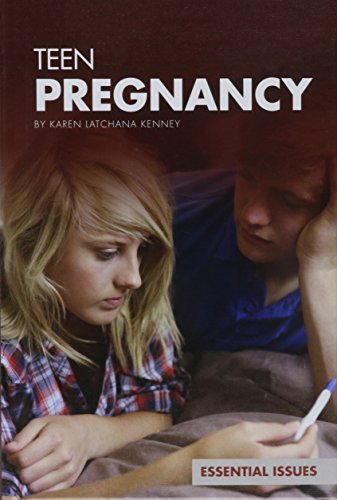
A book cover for Teen Pregnancy (Essential Issues); Karen Latchana Kenney; Teen & Young Adult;